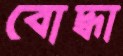
বোদ্ধা